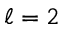
\ell = 2